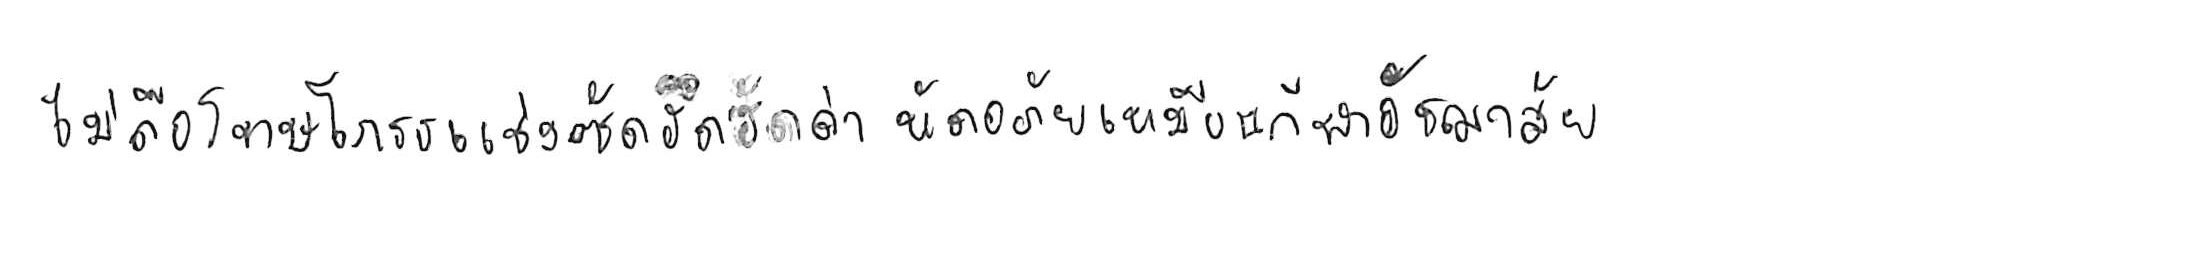
ไม่ถือโทษโกรธแช่งซัดฮึดฮัดด่า หัดอภัยเหมือนกีฬาอัชฌาสัย